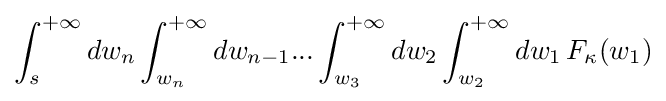
\int _{s}^{+\infty }dw_{n}\int _{w_{n}}^{+\infty }dw_{n-1}...\int _{w_{3}}^{+\infty }dw_{2}\int _{w_{2}}^{+\infty }dw_{1}\,F_{\kappa }(w_{1})